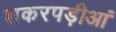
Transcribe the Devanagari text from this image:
शकरपड़ीआं